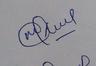
Signature authenticity: genuine